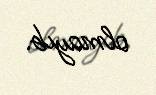
olmayıb.